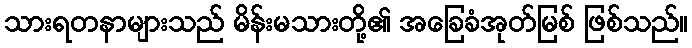
သားရတနာများသည် မိန်းမသားတို့၏ အခြေခံအုတ်မြစ် ဖြစ်သည်။